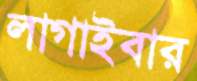
লাগাইবার